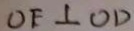
O F \bot O D